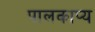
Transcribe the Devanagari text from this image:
पालकाप्य